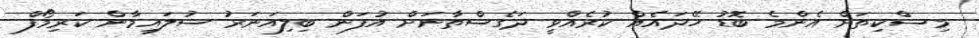
މިސްކިތަށް އެންމެ ބޮޑު ހޭދައެއް ކުރެއްވީ ދަގެސްތާނަށް އުފަން ބިިލިއަނަރު ސުލައިމާން ކަރިމޯފް